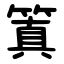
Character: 䈯